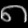
Digit: ၈